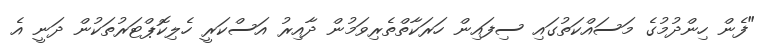
"ފެން ހިންދުމުގެ މަސައްކަތުގައި ސިފައިން ހަރަކާތްތެރިވަމުން ދާއިރު އަސްކަރީ ހެލިކޮޕްޓަރުތަކުން ދަނީ އެ